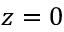
z = 0